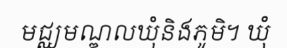
មជ្ឈមណ្ឌលឃុំនិងភូមិ។ ឃុំ